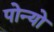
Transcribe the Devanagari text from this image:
पोन्यो